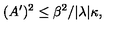
( A ^ { \prime } ) ^ { 2 } \leq \beta ^ { 2 } / | \lambda | \kappa ,